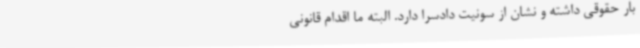
بار حقوقی داشته و نشان از سونیت دادسرا دارد. البته ما اقدام قانونی